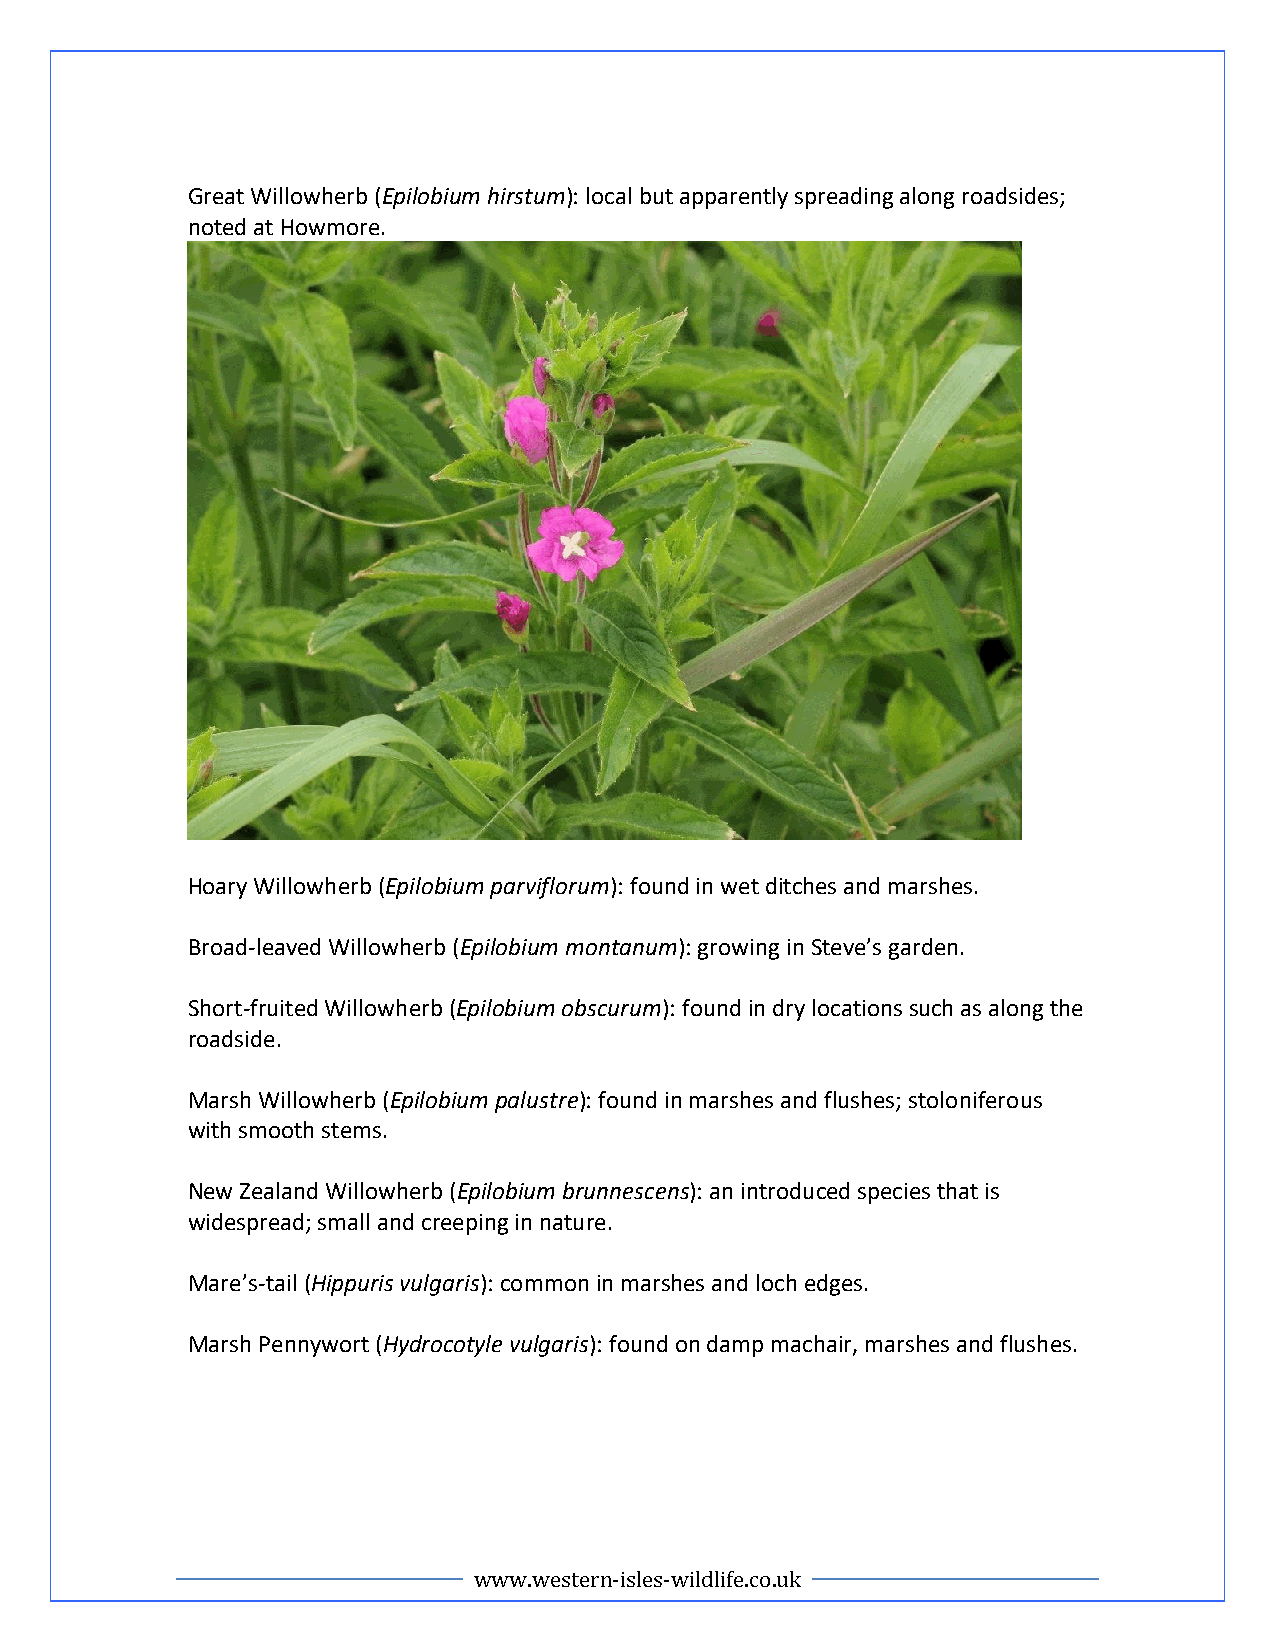
Great Willowherb (Epilobium hirstum): local but apparently spreading along roadsides;
 noted at Howmore.
 Hoary Willowherb (Epilobium parviflorum): found in wet ditches and marshes.
 Broad-leaved Willowherb (Epilobium montanum): growing in Steve’s garden.
 Short-fruited Willowherb (Epilobium obscurum): found in dry locations such as along the
 roadside.
 Marsh Willowherb (Epilobium palustre): found in marshes and flushes; stoloniferous
 with smooth stems.
 New Zealand Willowherb (Epilobium brunnescens): an introduced species that is
 widespread; small and creeping in nature.
 Mare’s-tail (Hippuris vulgaris): common in marshes and loch edges.
 Marsh Pennywort (Hydrocotyle vulgaris): found on damp machair, marshes and flushes.
 www.western-isles-wildlife.co.uk